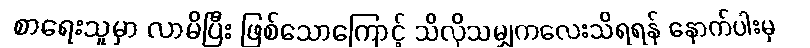
စာရေးသူမှာ လာမိပြီး ဖြစ်သောကြောင့် သိလိုသမျှကလေးသိရရန် နောက်ပါးမှ